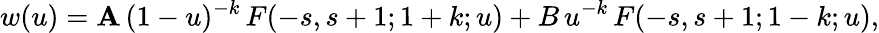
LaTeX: w(u)=\mathbf{A}\, (1-u)^{-k}\, F(-s,s+1;1+k;u)+B\, u^{-k}\, F(-s,s+1;1-k;u),